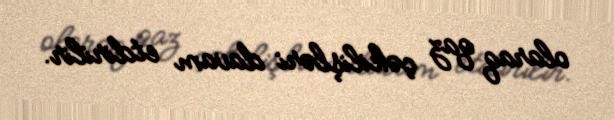
olaraq qaz çəkilişləri davam etdirilir.